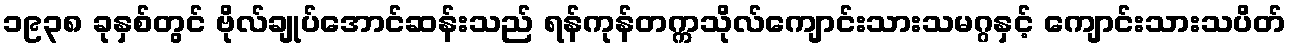
၁၉၃၈ ခုနှစ်တွင် ဗိုလ်ချုပ်အောင်ဆန်းသည် ရန်ကုန်တက္ကသိုလ်ကျောင်းသားသမဂ္ဂနှင့် ကျောင်းသားသပိတ်